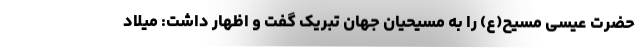
حضرت عیسی مسیح(ع) را به مسیحیان جهان تبریک گفت و اظهار داشت: میلاد